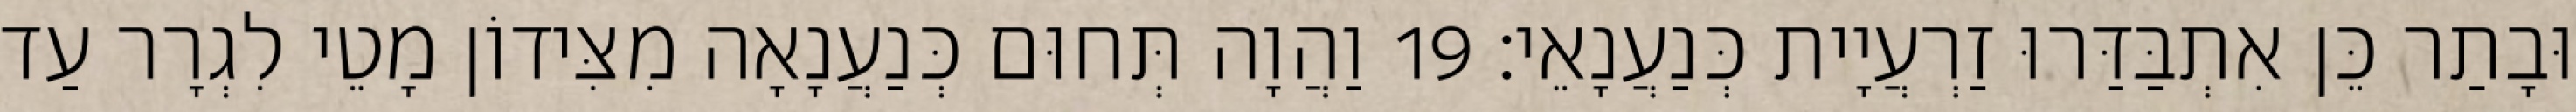
וּבָתַר כֵּן אִתְבַּדַּרוּ זַרְעֲיָית כְּנַעֲנָאֵי׃ 19 וַהֲוָה תְּחוּם כְּנַעֲנָאָה מִצִּידוֹן מָטֵי לִגְרָר עַד